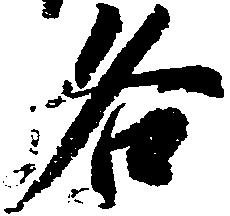
各